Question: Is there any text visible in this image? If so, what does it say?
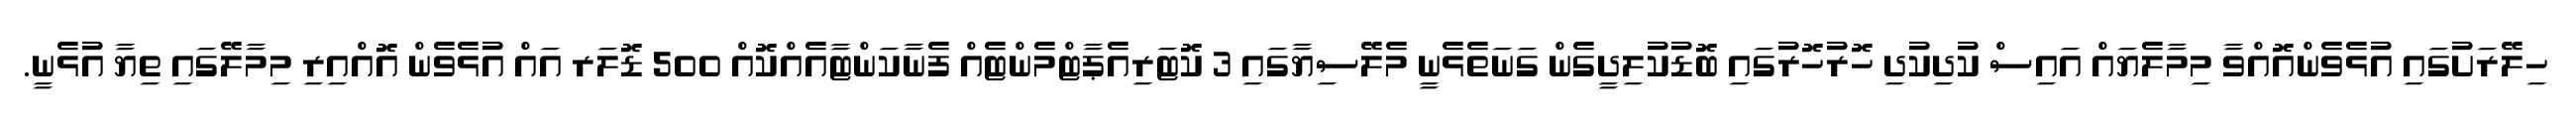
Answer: ހިލޭރަށުގައި އުޅެވެންއޮއްވާ މިމާލެޔައް އައިސް ކުދިކުދި ހޮރުހޮރުގައި ބޮޑުކުލިދީގެން ގަނަތެޅެނީ މެލޭސިޔާގައި 3 ކޮޓަރިއެޕާޓްމެންޓެއް ފެނާކަންޓާއެއްކޮއް 500 ޑޮލަރ އައް އުޅެވެން އޮއްއިރި މިމާލޭގައި ތިޔާ އުޅެނީ.